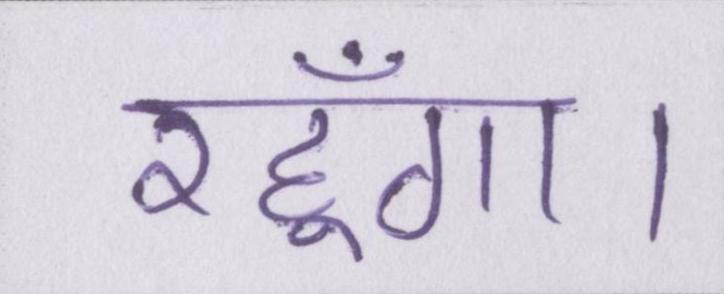
रहूँगा।